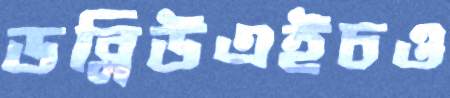
ডব্লিউএইচও